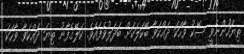
ތިޔަހުންނެވީ ސޭކު ވާހަކަ ދައްކަވާ ބޭކަލަކަށް ބަދަލުވެފައެވެ. ކަލޭގެފާނު ތިޔަ ދައްކަވާ ވާހަކަ